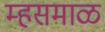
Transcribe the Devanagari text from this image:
म्हसमाळ